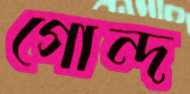
গোন্দ